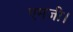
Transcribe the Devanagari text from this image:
एमजी।